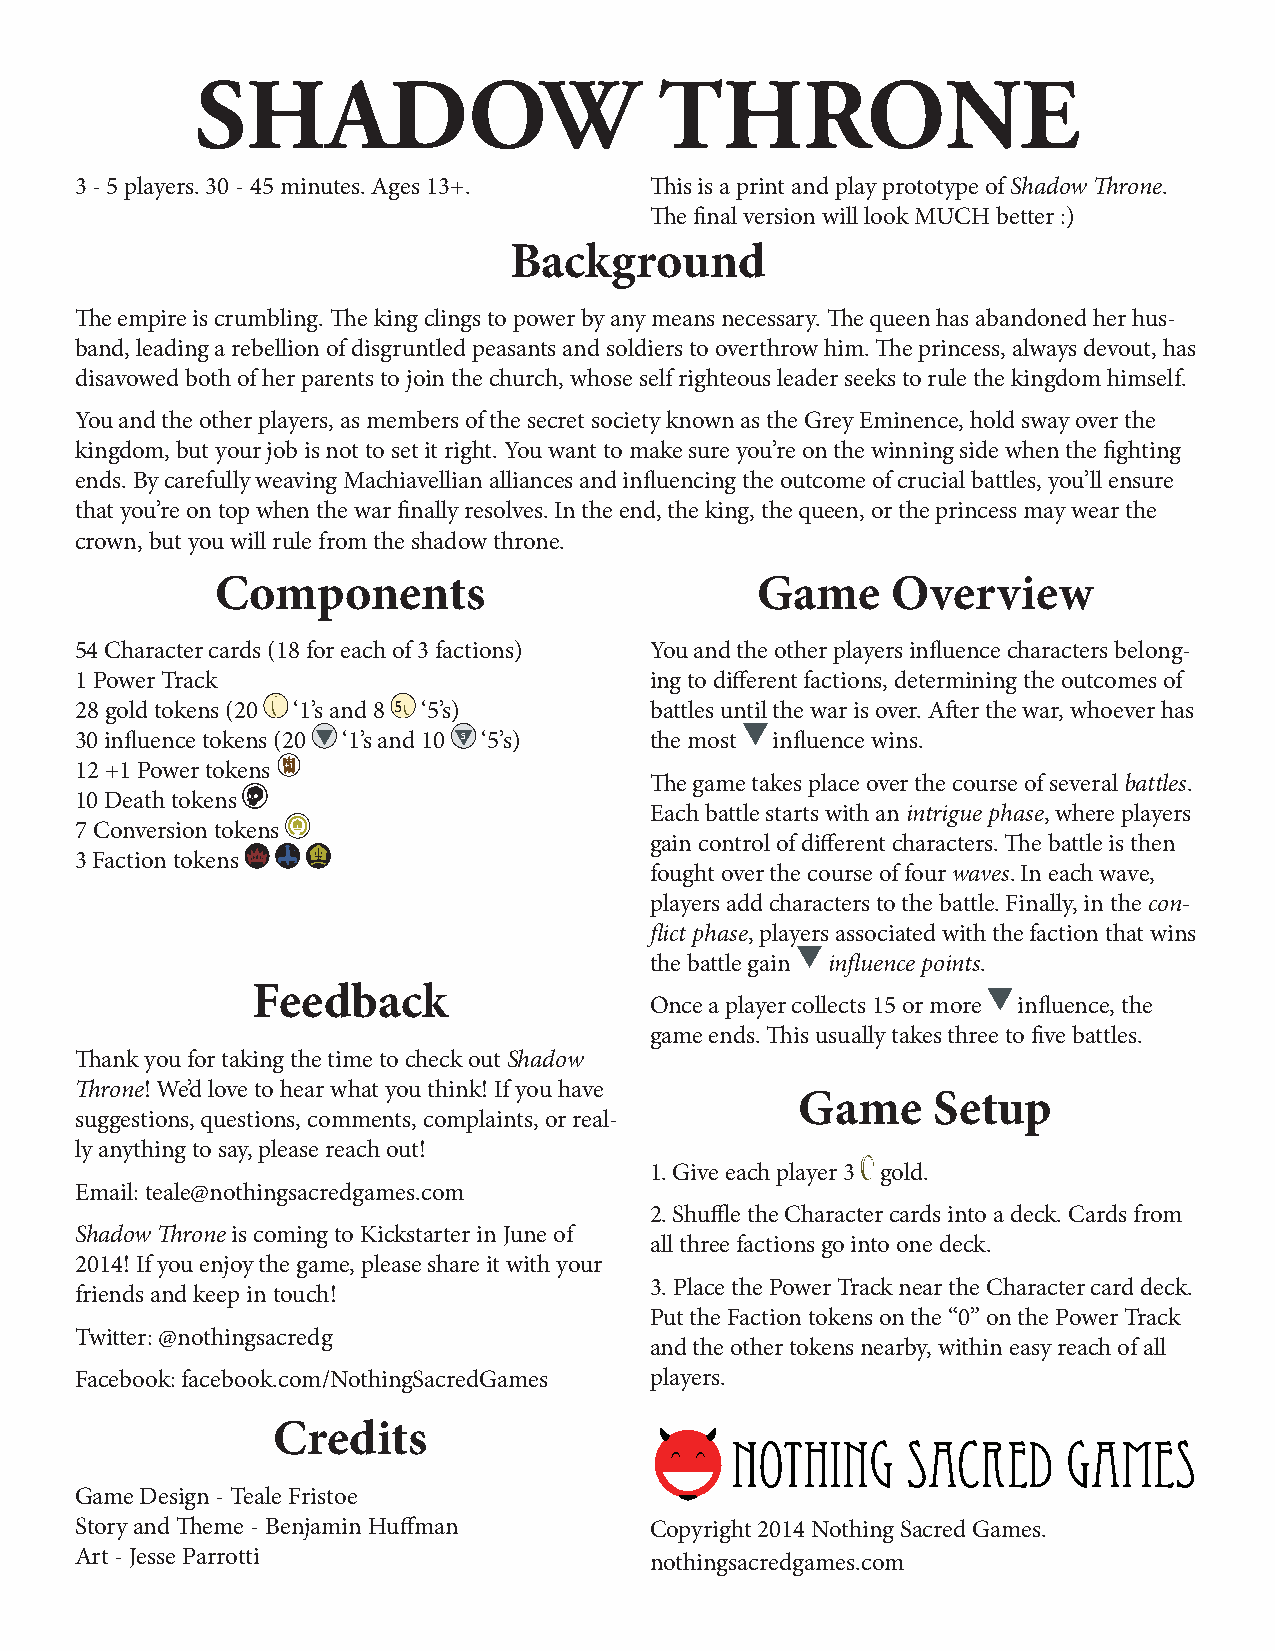
SHADOW                         THRONE
 3 - 5 players. 30 - 45 minutes. Ages 13+. This is a print and play prototype of Shadow Throne.
 The final version will look MUCH better :)
 Background
 The empire is crumbling. The king clings to power by any means necessary. The queen has abandoned her hus-
 band, leading a rebellion of disgruntled peasants and soldiers to overthrow him. The princess, always devout, has
 disavowed both of her parents to join the church, whose self righteous leader seeks to rule the kingdom himself.
 You and the other players, as members of the secret society known as the Grey Eminence, hold sway over the
 kingdom, but your job is not to set it right. You want to make sure you’re on the winning side when the fighting
 ends. By carefully weaving Machiavellian alliances and influencing the outcome of crucial battles, you’ll ensure
 that you’re on top when the war finally resolves. In the end, the king, the queen, or the princess may wear the
 crown, but you will rule from the shadow throne.
 Components                          Game     Overview
 54 Character cards (18 for each of 3 factions) You and the other players influence characters belong-
 1 Power Track                         ing to different factions, determining the outcomes of
 28 gold tokens (20 ‘1’s and 8 5 ‘5’s) battles until the war is over. After the war, whoever has
 30 influence tokens (20 ‘1’s and 10 5 ‘5’s) the most influence wins.
 12 +1 Power tokens +1
 The game takes place over the course of several battles.
 10 Death tokens
 Each battle starts with an intrigue phase, where players
 7 Conversion tokens
 gain control of different characters. The battle is then
 3 Faction tokens
 fought over the course of four waves. In each wave,
 players add characters to the battle. Finally, in the con-
 flict phase, players associated with the faction that wins
 the battle gain influence points.
 Feedback
 Once a player collects 15 or more influence, the
 game ends. This usually takes three to five battles.
 Thank you for taking the time to check out Shadow
 Throne! We’d love to hear what you think! If you have
 Game     Setup
 suggestions, questions, comments, complaints, or real-
 ly anything to say, please reach out!
 1. Give each player 3 gold.
 Email: teale@nothingsacredgames.com
 2. Shuffle the Character cards into a deck. Cards from
 Shadow Throne is coming to Kickstarter in June of
 all three factions go into one deck.
 2014! If you enjoy the game, please share it with your
 3. Place the Power Track near the Character card deck.
 friends and keep in touch!
 Put the Faction tokens on the “0” on the Power Track
 Twitter: @nothingsacredg
 and the other tokens nearby, within easy reach of all
 Facebook: facebook.com/NothingSacredGames players.
 Credits
 Nothing     Sacred     Games
 Game Design - Teale Fristoe
 Story and Theme - Benjamin Huffman    Copyright 2014 Nothing Sacred Games.
 Art - Jesse Parrotti                  nothingsacredgames.com